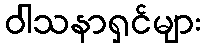
ဝါသနာရှင်များ